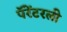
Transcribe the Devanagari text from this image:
पॅरेंटरली